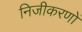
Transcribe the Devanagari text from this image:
निजीकरणों